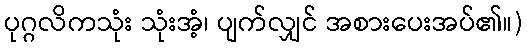
ပုဂ္ဂလိကသုံး သုံးအံ့၊ ပျက်လျှင် အစားပေးအပ်၏။)